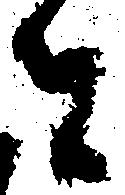
者